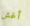
أغش